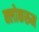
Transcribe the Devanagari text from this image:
क्लोकरूम